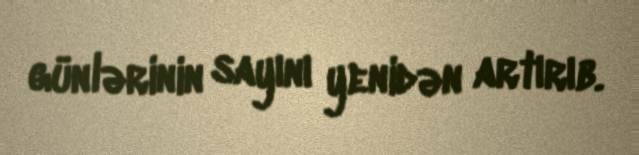
günlərinin sayını yenidən artırıb.